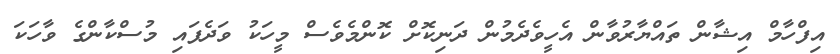
އިފްހާމް އިޝާން ތައްޔާރުވާން އެހީވެދެމުން ދަނިކޮށް ކޮންމެވެސް މީހަކު ވަދެފައި މުސްކާންގެ ވާހަކަ